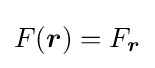
F({\boldsymbol {r}})=F_{\boldsymbol {r}}